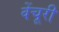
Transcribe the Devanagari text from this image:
वेंचूरी